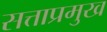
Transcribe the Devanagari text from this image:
सत्ताप्रमुख